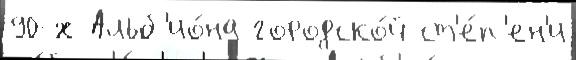
90-х Альб'ио́на городско́й ст'е́п'ен'и